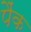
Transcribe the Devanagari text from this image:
पैंक